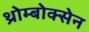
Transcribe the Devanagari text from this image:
थ्रोम्बोक्सेन